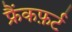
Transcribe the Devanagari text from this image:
फ्रैंकफ़र्ट